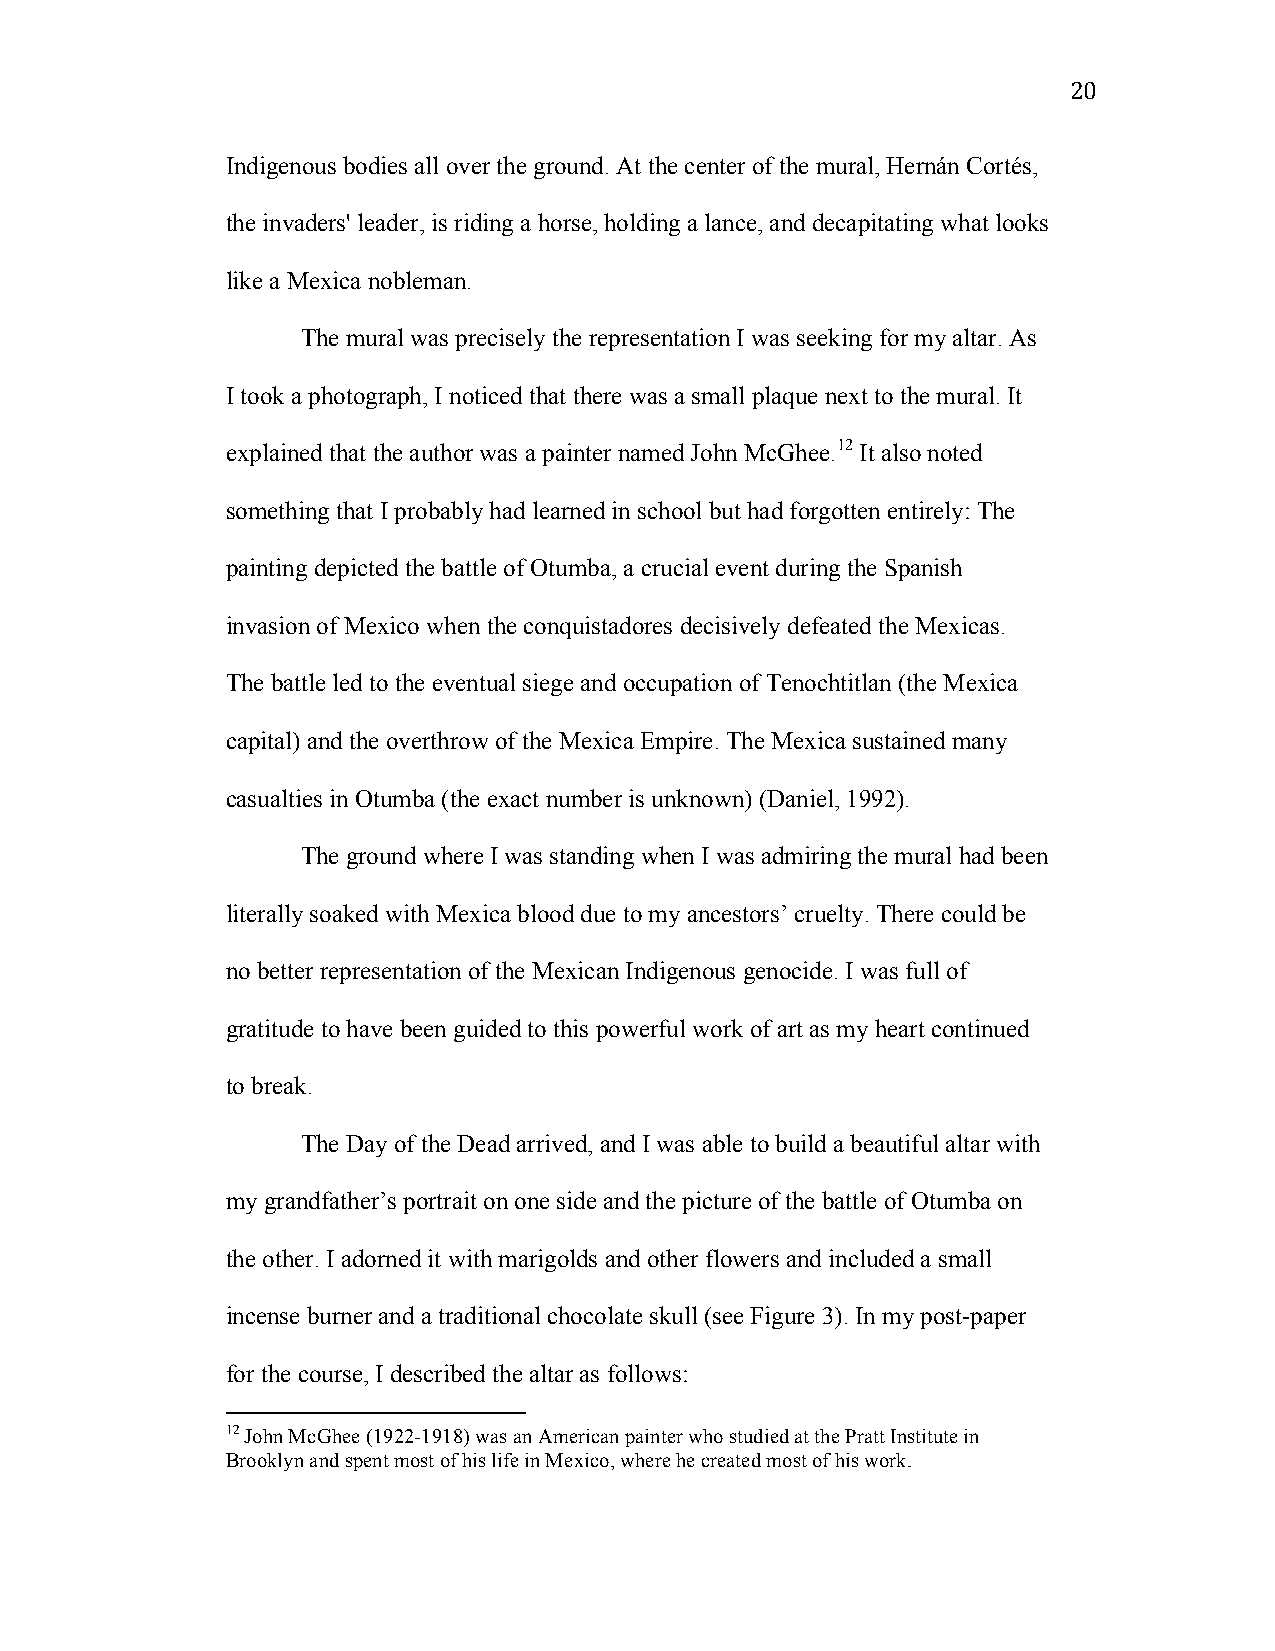
20
 Indigenous bodies all over the ground. At the center of the mural, Hernán Cortés,
 the invaders' leader, is riding a horse, holding a lance, and decapitating what looks
 like a Mexica nobleman.
 The mural was precisely the representation I was seeking for my altar. As
 I took a photograph, I noticed that there was a small plaque next to the mural. It
 explained that the author was a painter named John McGhee.12 It also noted
 something that I probably had learned in school but had forgotten entirely: The
 painting depicted the battle of Otumba, a crucial event during the Spanish
 invasion of Mexico when the conquistadores decisively defeated the Mexicas.
 The battle led to the eventual siege and occupation of Tenochtitlan (the Mexica
 capital) and the overthrow of the Mexica Empire. The Mexica sustained many
 casualties in Otumba (the exact number is unknown) (Daniel, 1992).
 The ground where I was standing when I was admiring the mural had been
 literally soaked with Mexica blood due to my ancestors’ cruelty. There could be
 no better representation of the Mexican Indigenous genocide. I was full of
 gratitude to have been guided to this powerful work of art as my heart continued
 to break.
 The Day of the Dead arrived, and I was able to build a beautiful altar with
 my grandfather’s portrait on one side and the picture of the battle of Otumba on
 the other. I adorned it with marigolds and other flowers and included a small
 incense burner and a traditional chocolate skull (see Figure 3). In my post-paper
 for the course, I described the altar as follows:
 12 John McGhee (1922-1918) was an American painter who studied at the Pratt Institute in
 Brooklyn and spent most of his life in Mexico, where he created most of his work.